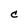
Character: C